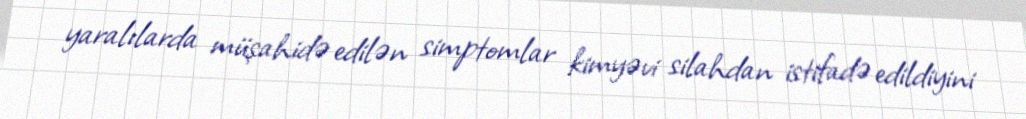
yaralılarda müşahidə edilən simptomlar kimyəvi silahdan istifadə edildiyini